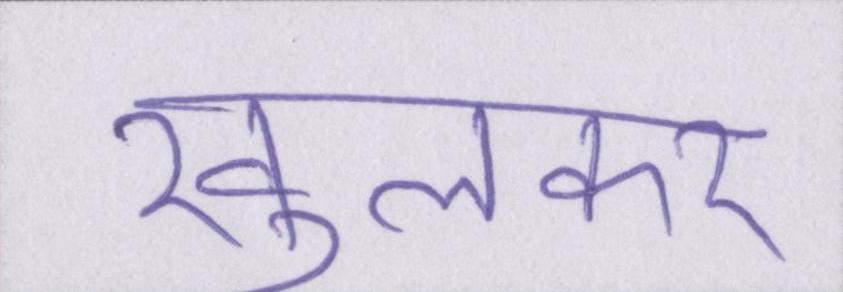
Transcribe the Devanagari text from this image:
खुलकर